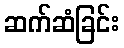
ဆက်ဆံခြင်း